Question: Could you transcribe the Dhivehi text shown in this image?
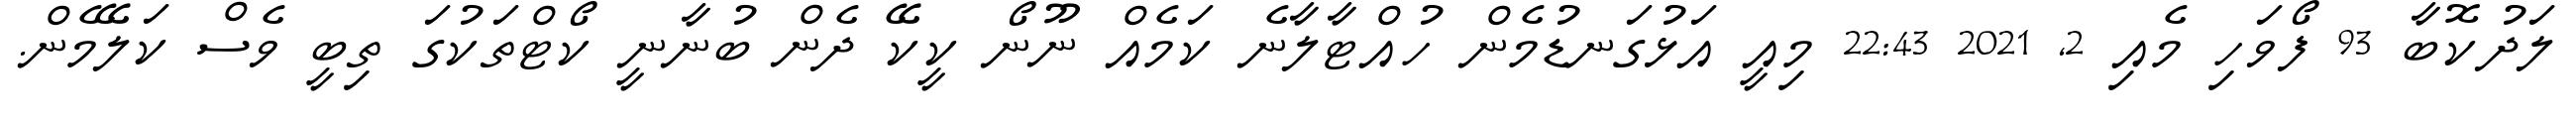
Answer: ލަދުކޮބާ 93 ފޯވަހި މެއި 2, 2021 22:43 މިއީ އަޅުގަނޑުމެން ހުއްޓާލާނެ ކަމެއް ނޫނޯ ކީކޭ ދެން ބުނާނީ ކޯޓްތަކުގަ ތިބީ ވެސް ކަލޭމެން.